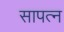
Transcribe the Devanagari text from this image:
सापत्‍न